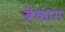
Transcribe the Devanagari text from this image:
ब्रेकान